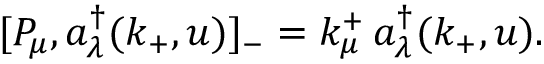
[ P _ { \mu } , a _ { \lambda } ^ { \dagger } ( k _ { + } , u ) ] _ { - } = k _ { \mu } ^ { + } \, a _ { \lambda } ^ { \dagger } ( k _ { + } , u ) .